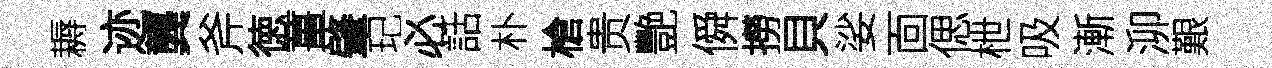
耨迹龔斧徳薑肇玘必話朴槍贵艷僢撈貝娑靣偲枻吸漸泖艱